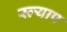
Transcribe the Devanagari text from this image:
स्ल्याप